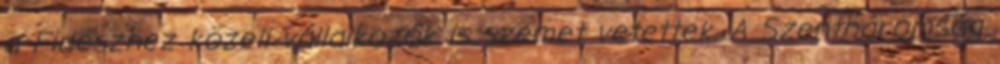
a Fideszhez közeli vállalkozók is szemet vetettek. A Szentháromság